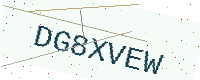
Text: DG8XVEW